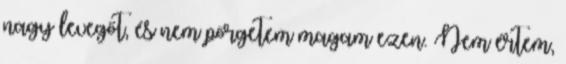
nagy levegőt, és nem pörgetem magam ezen. Nem értem,